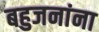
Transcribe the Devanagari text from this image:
बहुजनांना